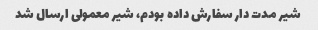
شیر مدت دار سفارش داده بودم، شیر معمولی ارسال شد